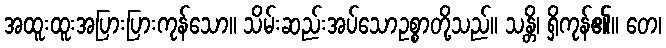
အထူးထူးအပြားပြားကုန်သော။ သိမ်းဆည်းအပ်သောဥစ္စာတို့သည်။ သန္တိ၊ ရှိကုန်၏။ တေ၊